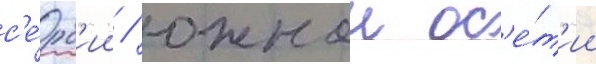
с'е́рб'ии / южнои ос'е́т'ии